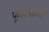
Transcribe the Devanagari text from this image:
फूलमाली